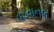
વડવાનલ